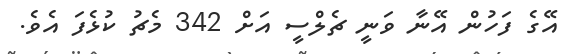
އޭގެ ފަހުން އޭނާ ވަނީ ޗެލްސީ އަށް 342 މެޗު ކުޅެފަ އެވެ.